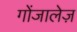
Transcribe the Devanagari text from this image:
गोंजालेज़